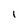
Character: l